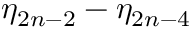
\eta _ { 2 n - 2 } - \eta _ { 2 n - 4 }